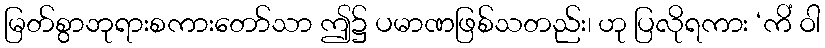
မြတ်စွာဘုရားစကားတော်သာ ဤ၌ ပမာဏဖြစ်သတည်း၊ ဟု ပြလိုရကား ‘ကိံ ဝါ